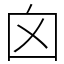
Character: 囟